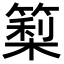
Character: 𥲧